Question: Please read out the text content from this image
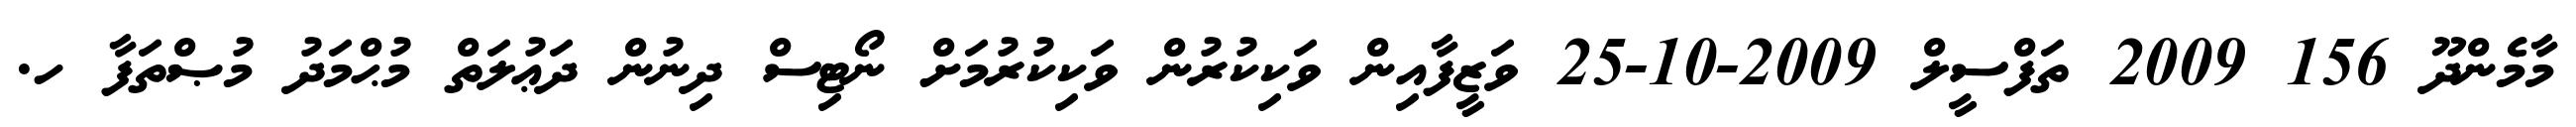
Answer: މާމެންދޫ 156 2009 ތަފްސީލް 2009-10-25 ވަޒީފާއިން ވަކިކުރުން ވަކިކުރުމަށް ނޯޓިސް ދިނުން ދަޢުލަތް މުޙްމަދު މުޞްތަފާ ހ.